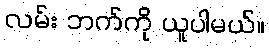
လမ်း ဘက်ကို ယူပါမယ်။